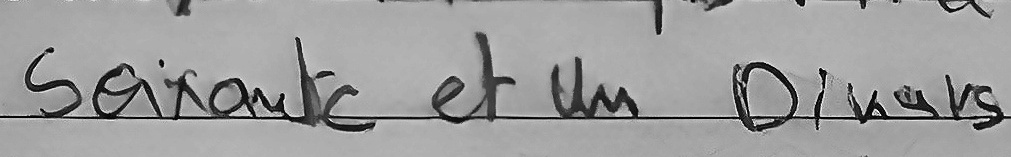
Soixante et un Dinars